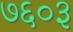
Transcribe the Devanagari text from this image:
७६०३